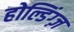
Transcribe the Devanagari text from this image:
होल्डिंग्ज़